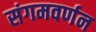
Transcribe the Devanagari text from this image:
संगमवर्णन